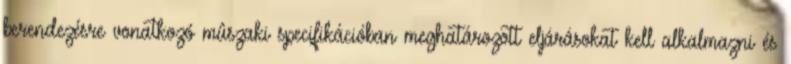
berendezésre vonatkozó mûszaki specifikációban meghatározott eljárásokat kell alkalmazni és